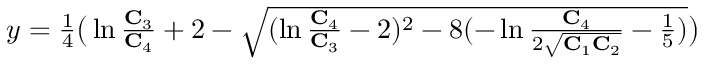
\begin{array} { r } { y = \frac { 1 } { 4 } \big ( \ln \frac { \mathbf { C } _ { 3 } } { \mathbf { C } _ { 4 } } + 2 - \sqrt { ( \ln \frac { \mathbf { C } _ { 4 } } { \mathbf { C } _ { 3 } } - 2 ) ^ { 2 } - 8 ( - \ln \frac { \mathbf { C } _ { 4 } } { 2 \sqrt { \mathbf { C } _ { 1 } \mathbf { C } _ { 2 } } } - \frac { 1 } { 5 } ) } \big ) } \end{array}